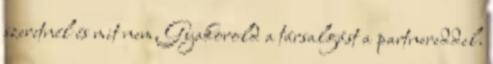
szeretnél és mit nem. Gyakorold a társalgást a partnereddel.